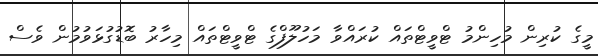
މީގެ ކުރިން މުހިންމު ޓްވީޓްތައް ކުރައްވާ މަހުލޫފްގެ ޓްވީޓްތައް މިހާރު ބޮޑުގުޅަވުމުން ވެސް